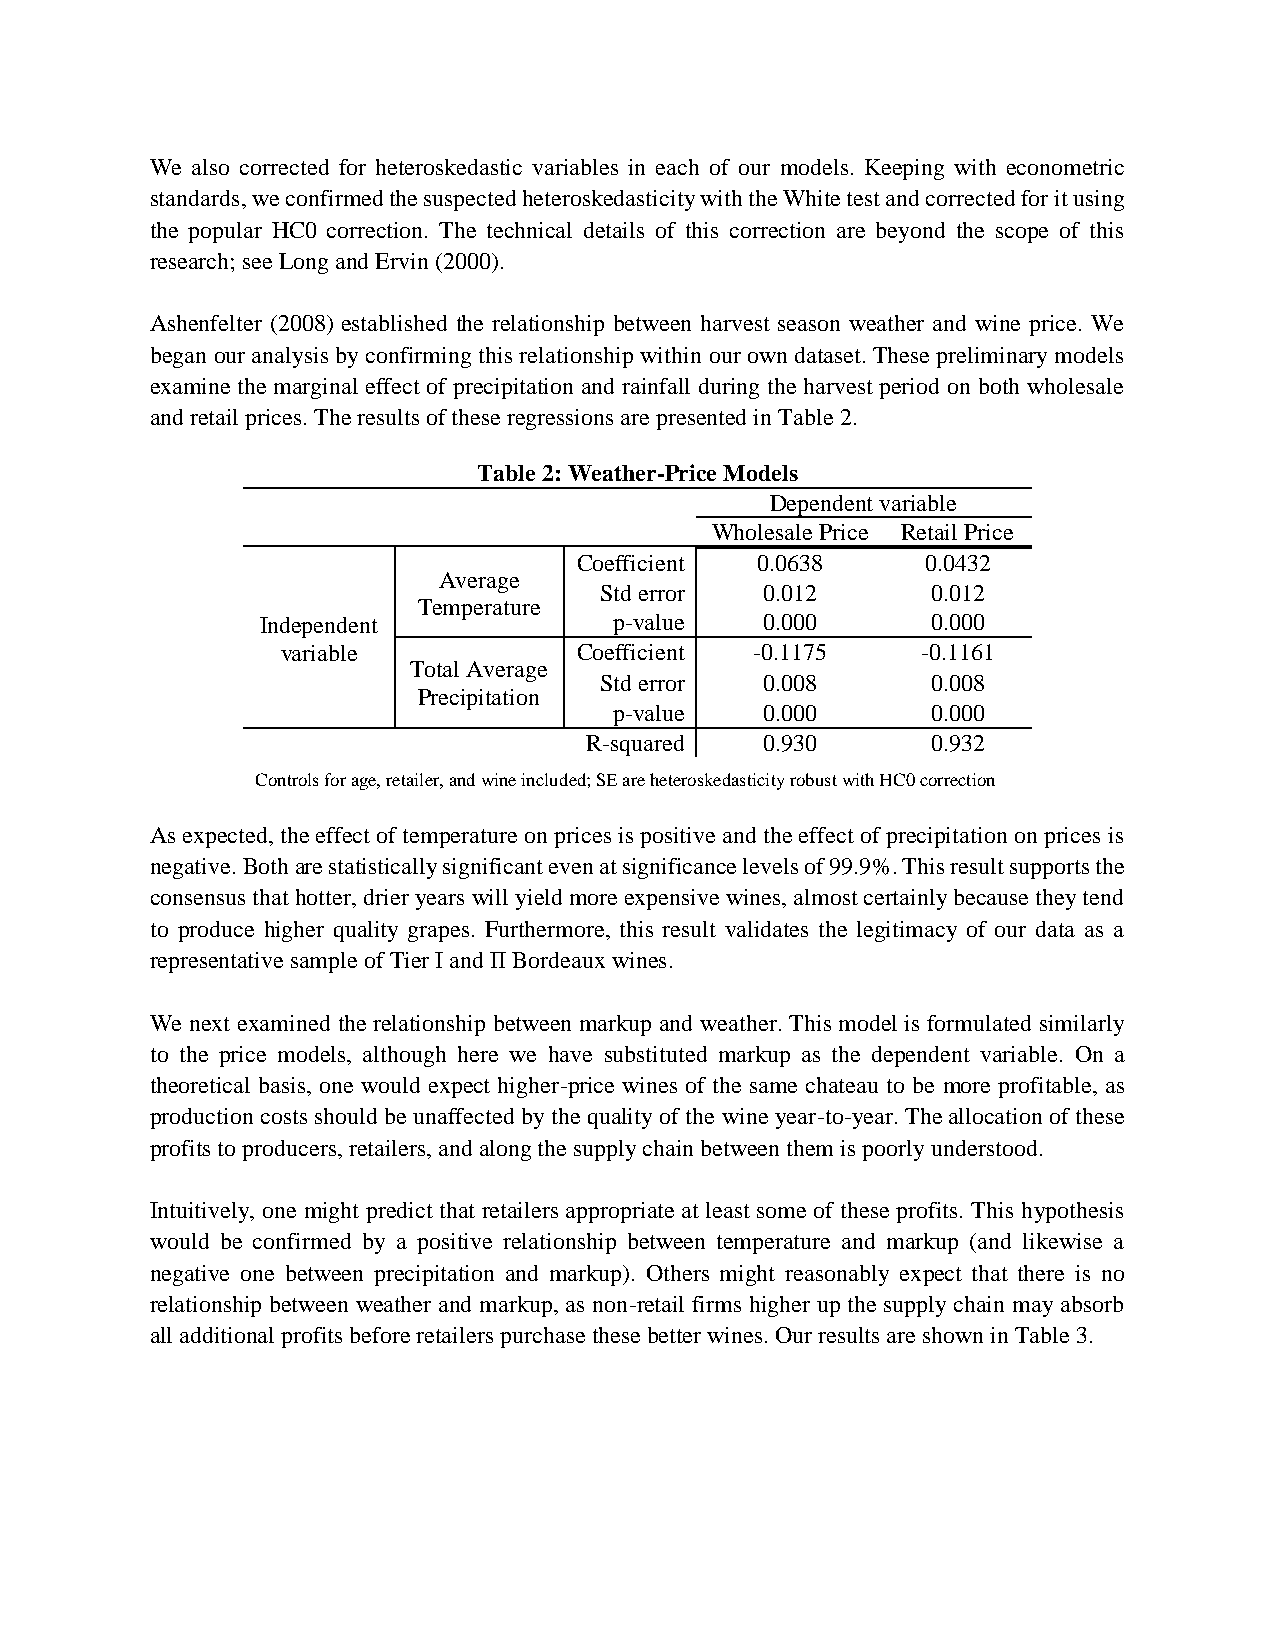
We also corrected for heteroskedastic variables in each of our models. Keeping with econometric
 standards, we confirmed the suspected heteroskedasticity with the White test and corrected for it using
 the popular HC0 correction. The technical details of this correction are beyond the scope of this
 research; see Long and Ervin (2000).
 Ashenfelter (2008) established the relationship between harvest season weather and wine price. We
 began our analysis by confirming this relationship within our own dataset. These preliminary models
 examine the marginal effect of precipitation and rainfall during the harvest period on both wholesale
 and retail prices. The results of these regressions are presented in Table 2.
 Table 2: Weather-Price Models
 Dependent variable
 Wholesale Price Retail Price
 Coefficient 0.0638     0.0432
 Average
 Std error  0.012      0.012
 Temperature
 Independent             p-value   0.000      0.000
 variable           Coefficient -0.1175    -0.1161
 Total Average
 Std error  0.008      0.008
 Precipitation
 p-value   0.000      0.000
 R-squared   0.930      0.932
 Controls for age, retailer, and wine included; SE are heteroskedasticity robust with HC0 correction
 As expected, the effect of temperature on prices is positive and the effect of precipitation on prices is
 negative. Both are statistically significant even at significance levels of 99.9%. This result supports the
 consensus that hotter, drier years will yield more expensive wines, almost certainly because they tend
 to produce higher quality grapes. Furthermore, this result validates the legitimacy of our data as a
 representative sample of Tier I and II Bordeaux wines.
 We next examined the relationship between markup and weather. This model is formulated similarly
 to the price models, although here we have substituted markup as the dependent variable. On a
 theoretical basis, one would expect higher-price wines of the same chateau to be more profitable, as
 production costs should be unaffected by the quality of the wine year-to-year. The allocation of these
 profits to producers, retailers, and along the supply chain between them is poorly understood.
 Intuitively, one might predict that retailers appropriate at least some of these profits. This hypothesis
 would be confirmed by a positive relationship between temperature and markup (and likewise a
 negative one between precipitation and markup). Others might reasonably expect that there is no
 relationship between weather and markup, as non-retail firms higher up the supply chain may absorb
 all additional profits before retailers purchase these better wines. Our results are shown in Table 3.